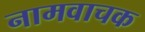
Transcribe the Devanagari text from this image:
नामवाचक